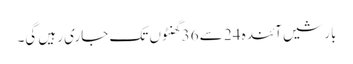
بارشیں آئندہ 24 سے 36 گھنٹوں تک جاری رہیں گی۔